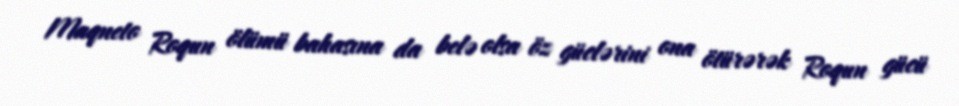
Maqneto Roqun ölümü bahasına da belə olsa öz güclərini ona ötürərək Roqun gücü